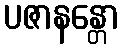
ပဇာနန္တော